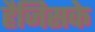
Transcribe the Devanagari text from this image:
हैजिसके